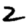
Digit: 2